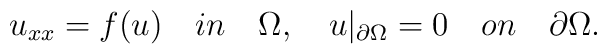
u_{xx}=f(u) \quad in \quad \Omega,\quad u|_{\partial{\Omega}}=0 \quad on \quad \partial\Omega.